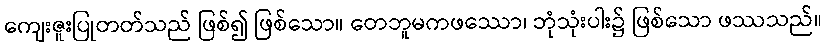
ကျေးဇူးပြုတတ်သည် ဖြစ်၍ ဖြစ်သော။ တေဘူမကဖဿော၊ ဘုံသုံးပါး၌ ဖြစ်သော ဖဿသည်။